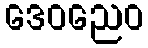
ဒေဝညေဝ